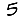
Digit: 5